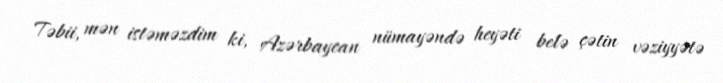
Təbii, mən istəməzdim ki, Azərbaycan nümayəndə heyəti belə çətin vəziyyətə